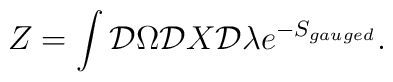
Z = \int {\cal D}\Omega{\cal D}X {\cal D}\lambda e ^{-S_{gauged}}.